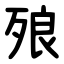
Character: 㱢